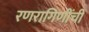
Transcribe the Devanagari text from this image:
रणरागिणींची